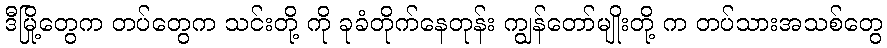
ဒီမြို့တွေက တပ်တွေက သင်းတို့ ကို ခုခံတိုက်နေတုန်း ကျွန်တော်မျိုးတို့ က တပ်သားအသစ်တွေ